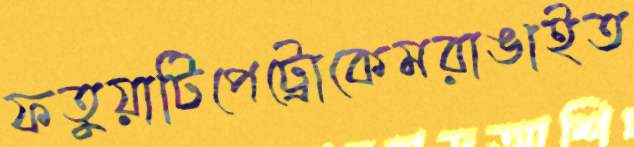
ফতুয়াটিপেট্রোকেমরাঙাইত